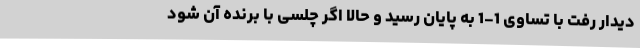
دیدار رفت با تساوی 1-1 به پایان رسید و حالا اگر چلسی با برنده آن شود